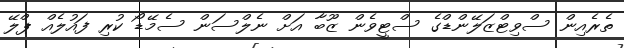
ތެރެއިން ސްވިޓްޒަލޭންޑްގެ ސްޓީވެން ޒޫބާ އަށް ނެލްސަން ސެމޭޑޯ ކުރި ފައުލެއް ޕްލޭ